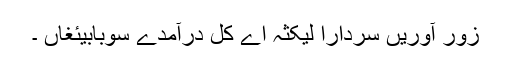
زور آوریں سردارا لیکثہ اے کل درآمدے سوبابیئغاں ۔